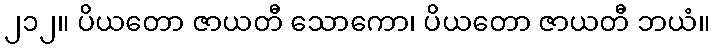
၂၁၂။ ပိယတော ဇာယတီ သောကော၊ ပိယတော ဇာယတီ ဘယံ။